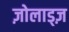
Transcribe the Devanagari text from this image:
ज़ोलाड्ज़